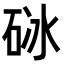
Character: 𥒜